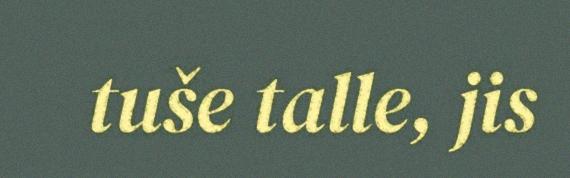
tuše talle, jis